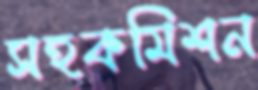
সহকমিশন